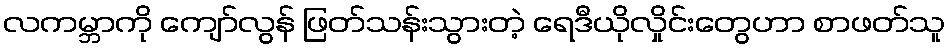
လကမ္ဘာကို ကျော်လွန် ဖြတ်သန်းသွားတဲ့ ရေဒီယိုလှိုင်းတွေဟာ စာဖတ်သူ